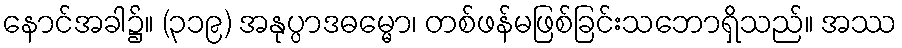
နောင်အခါ၌။ (၃၁၉) အနုပ္ပာဒဓမ္မော၊ တစ်ဖန်မဖြစ်ခြင်းသဘောရှိသည်။ အဿ